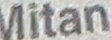
Mitan